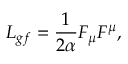
{ \cal L } _ { g f } = \frac 1 { 2 \alpha } F _ { \mu } F ^ { \mu } ,